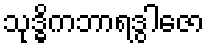
သုဒ္ဓိကဘာရဒွါဇော